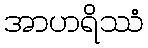
အာဟရိဿံ